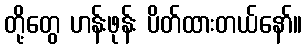
တို့တွေ ဟန်းဖုန်း ပိတ်ထားတယ်နော်။